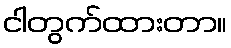
ငါတွက်ထားတာ။